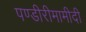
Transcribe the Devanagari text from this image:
पण्डीरीमामीदी